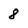
Character: 8